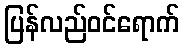
ပြန်လည်ဝင်ရောက်